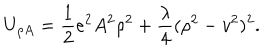
LaTeX: U _ { \rho A } = { \frac { 1 } { 2 } } e ^ { 2 } A ^ { 2 } \rho ^ { 2 } + { \frac { \lambda } { 4 } } ( \rho ^ { 2 } - v ^ { 2 } ) ^ { 2 } .